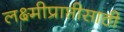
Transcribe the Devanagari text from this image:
लक्ष्मीप्राप्तीसाठी